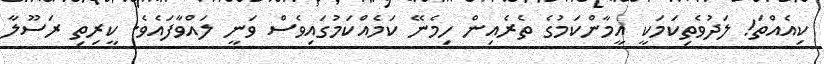
ކިއެއްތަ! ލަދުވެތިކަމަކީ އީމާންކަމުގެ ތެރެއިން ހިމެނޭ ކަމެއްކަމުގައިވެސް ވަނީ ލައްވާފައެވެ. ކީރިތި ރަސޫލާ